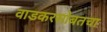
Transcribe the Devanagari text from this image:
वाडकरसोबतचा